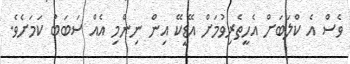
ވެސް އެ ކްލަބަށް އެހީތެރިވުމަށް އޭޑީކޭ އިން ނިންމި އެއް ސަބަބު ކަމަށެވެ.